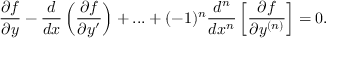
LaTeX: { \frac { \partial f } { \partial y } } - { \frac { d } { d x } } \left( { \frac { \partial f } { \partial y ^ { \prime } } } \right) + . . . + ( - 1 ) ^ { n } { \frac { d ^ { n } } { d x ^ { n } } } \left[ { \frac { \partial f } { \partial y ^ { ( n ) } } } \right] = 0 .